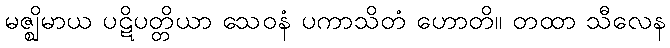
မဇ္ဈိမာယ ပဋိပတ္တိယာ သေဝနံ ပကာသိတံ ဟောတိ။ တထာ သီလေန